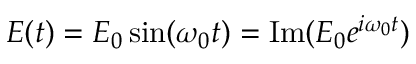
E ( t ) = E _ { 0 } \sin ( \omega _ { 0 } t ) = \operatorname { I m } ( E _ { 0 } e ^ { i \omega _ { 0 } t } )